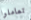
تعاملوا